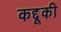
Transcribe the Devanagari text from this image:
कद्दूकी